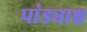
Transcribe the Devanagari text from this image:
पांड्याश्च